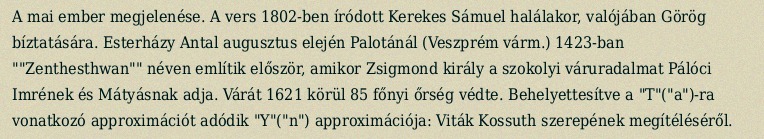
A mai ember megjelenése. A vers 1802-ben íródott Kerekes Sámuel halálakor, valójában Görög bíztatására. Esterházy Antal augusztus elején Palotánál (Veszprém várm.) 1423-ban ""Zenthesthwan"" néven említik először, amikor Zsigmond király a szokolyi váruradalmat Pálóci Imrének és Mátyásnak adja. Várát 1621 körül 85 főnyi őrség védte. Behelyettesítve a "T"("a")-ra vonatkozó approximációt adódik "Y"("n") approximációja: Viták Kossuth szerepének megítéléséről.